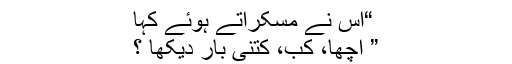
“اس نے مسکراتے ہوئے کہا
” اچھا، کب، کتنی بار دیکھا ؟